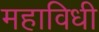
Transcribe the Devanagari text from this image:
महाविधी